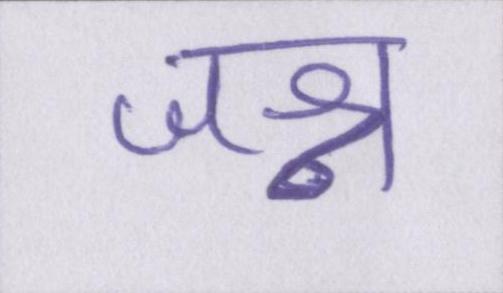
जश्न